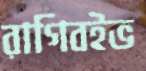
রাগিবইভ